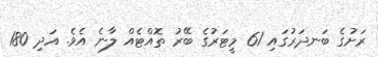
ރަށުގެ ބަނދަރުގައި 61 މީޓަރުގެ ބޭރު ތޮއްޓެއް ލާނެ އެވެ. އަދި 180